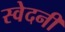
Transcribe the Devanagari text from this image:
स्वेदनी